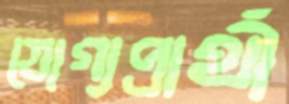
যোগ্যপ্রার্থী